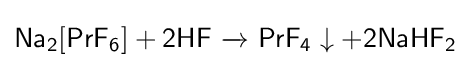
{\mathsf {Na_{2}[PrF_{6}]+2HF\ {\xrightarrow {}}\ PrF_{4}\downarrow +2NaHF_{2}}}